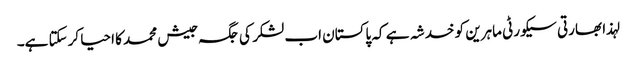
لہذا بھارتی سیکورٹی ماہرین کو خدشہ ہے کہ پاکستان اب لشکر کی جگہ جیش محمد کا احیا کرسکتا ہے۔